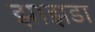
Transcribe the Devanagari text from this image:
झाझडा